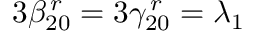
3 \beta _ { 2 0 } ^ { \, r } = 3 \gamma _ { 2 0 } ^ { \, r } = \lambda _ { 1 }